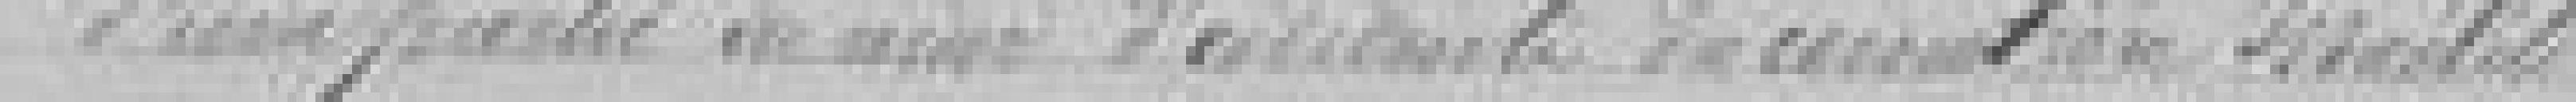
d'une partie ?????